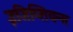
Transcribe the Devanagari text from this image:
इजिप्शियन्स